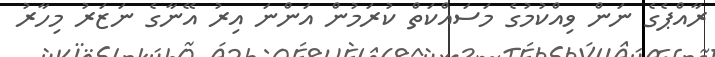
ރާއްޕެގެ ނަން ވިއްކުމުގެ މަސައްކަތް ކުރަމުން އަންނަ އިރު އޭނާގެ ނަޒަރު މިހާރު